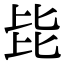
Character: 𣬅